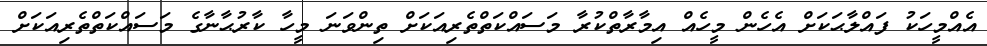
އެއްމީހަކު ފައްލާޙަކަށް އެހެން މީހެއް އިމާރާތްކުރާ މަސައްކަތްތެރިއަކަށް ތިންވަނަ މީހާ ކާރުޙާނާގެ މަސައްކަތްތެރިއަކަށް